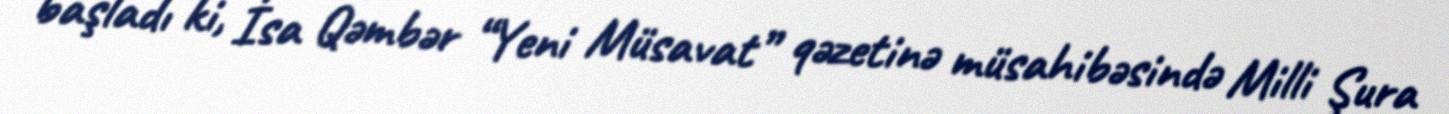
başladı ki, İsa Qəmbər “Yeni Müsavat” qəzetinə müsahibəsində Milli Şura